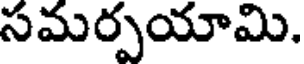
సమర్పయామి.